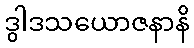
ဒွါဒသယောဇနာနိ